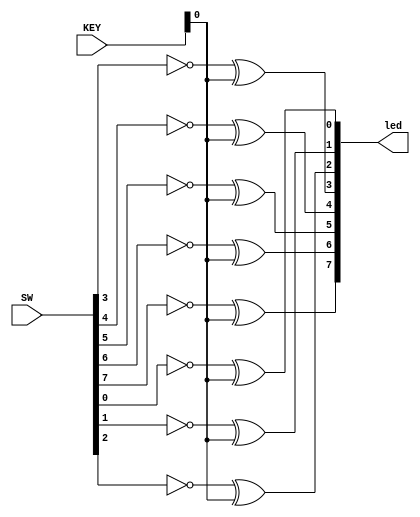
module switch_led (SW, KEY, led);

   input [9:0] SW;
   input [1:0] KEY;
   output [9:0] led;

   assign led[0] = ~SW[0] ^ KEY[0];
   assign led[1] = ~SW[1] ^ KEY[0];
   assign led[2] = ~SW[2] ^ KEY[0];
   assign led[3] = ~SW[3] ^ KEY[0];
   assign led[4] = ~SW[4] ^ KEY[0];
   assign led[5] = ~SW[5] ^ KEY[0];
   assign led[6] = ~SW[6] ^ KEY[0];
   assign led[7] = ~SW[7] ^ KEY[0];
   
 
endmodule